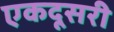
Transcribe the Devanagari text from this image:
एकदूसरी